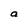
Character: a